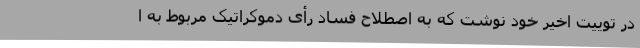
در توییت اخیر خود نوشت که به اصطلاح فساد رأی دموکراتیک مربوط به ا